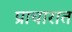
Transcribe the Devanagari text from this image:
प्राचारात